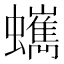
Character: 𧔍